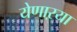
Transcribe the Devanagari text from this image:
येणाऱया